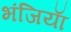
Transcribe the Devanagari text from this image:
भंजियाॅ